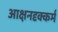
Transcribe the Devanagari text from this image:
आक्षनदृक्कर्म